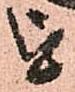
を